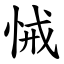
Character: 悈